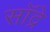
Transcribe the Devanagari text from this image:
सॉद्रे